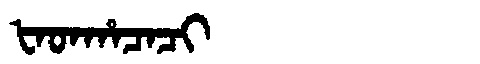
Manchu: ᡶᠠᡨᡥᠠᠴᠠᠴᡳ
Romanization: FATHACACI